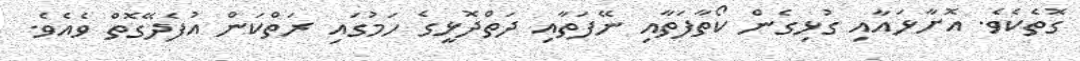
ގޮތެކެވެ. އޮށާޅައާއި ގުޅިގެން ކޯތާފަތާއި ނޭފަތާއި ދަތްދޮޅީގެ ހަމުގައި ރަތްކަން އުފެދޭގޮތް ވެއެވެ.